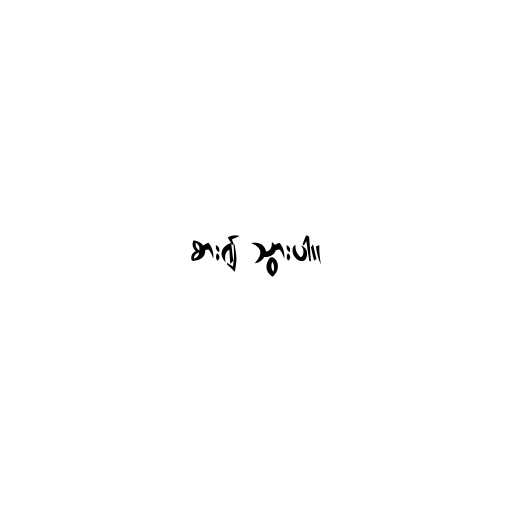
စား၍ သွားပါ။